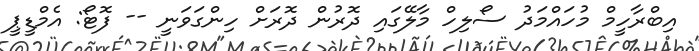
އިބްރާހީމް މުހައްމަދު ސޯލިހް މާލޭގައި ދޮރުން ދޮރަށް ހިންގަވަނީ -- ފޮޓޯ: އެމްޑީޕީ